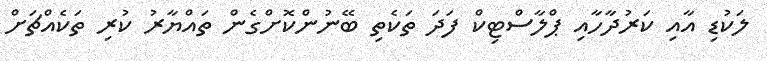
ލަކުޑި އާއި ކަރުދާހާއި ޕްލާސްޓިކް ފަދަ ތަކެތި ބޭނުންކޮށްގެން ތައްޔާރު ކުރި ތަކެއްޗަށް